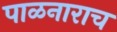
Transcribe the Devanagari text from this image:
पाळनाराच